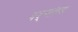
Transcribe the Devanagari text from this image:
गद्र्‍यांच्या